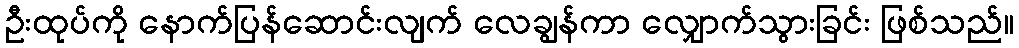
ဦးထုပ်ကို နောက်ပြန်ဆောင်းလျက် လေချွန်ကာ လျှောက်သွားခြင်း ဖြစ်သည်။